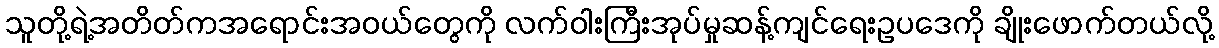
သူတို့ရဲ့အတိတ်ကအရောင်းအဝယ်တွေကို လက်ဝါးကြီးအုပ်မှုဆန့်ကျင်ရေးဥပဒေကို ချိုးဖောက်တယ်လို့